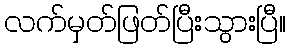
လက်မှတ်ဖြတ်ပြီးသွားပြီ။